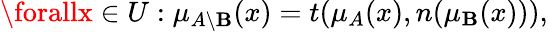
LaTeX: \forallx\in{U}:\mu_{A\setminus{\mathbf{B}}}(x)=t(\mu_{A}(x),n(\mu_{\mathbf{B}}(x))),